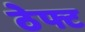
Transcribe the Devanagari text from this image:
ठेफ्ट